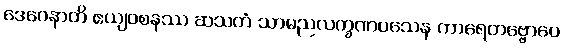
ဒေဝေနာတိ ဧယျဝစနဿ ဆသတံ သာမညလက္ခဏဝသေန ကာရေတဗ္ဗောပေ